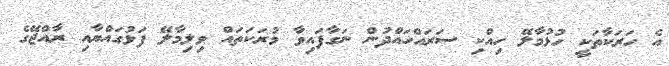
އެ ހަރަކާތަކީ ހުޅުމާލޭ ހިއްކި ސަރައްހައްދުން ނަގާފައިވާ މުރަކަތައް ވިލިމާލޭ ފަޅުގައްޔާއި ރާއްޖޭގެ